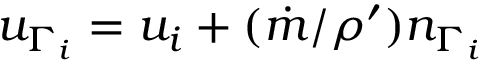
u _ { \Gamma _ { i } } = u _ { i } + ( \dot { m } / \rho ^ { \prime } ) n _ { \Gamma _ { i } }